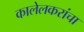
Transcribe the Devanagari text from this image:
कालेलकरांचा